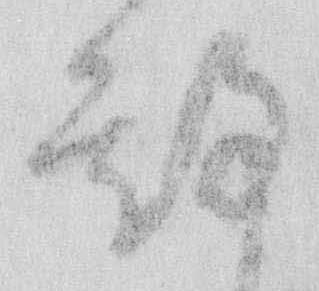
期